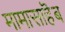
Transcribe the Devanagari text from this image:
मामासाहॆब